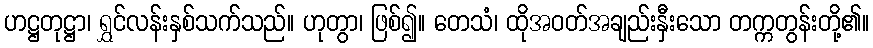
ဟဋ္ဌတုဋ္ဌာ၊ ရွှင်လန်းနှစ်သက်သည်။ ဟုတွာ၊ ဖြစ်၍။ တေသံ၊ ထိုအဝတ်အချည်းနှီးသော တက္ကတွန်းတို့၏။